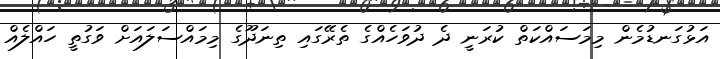
އަޅުގަނޑުމެން މިމަސައްކަތް ކުރަނީ ދެ ދުވަހެއްގެ ތެރޭގައި ތިނަދޫގެ މިމައްސަލައަށް ވަގުތީ ހައްލެއް